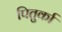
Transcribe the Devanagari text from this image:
पितुर्का